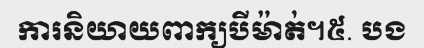
ការនិយាយពាក្យបីម៉ាត់។៥. បង